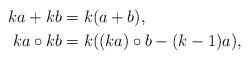
LaTeX: \begin{align*}ka+kb &= k(a+b),\\ka \circ kb &= k( (ka)\circ b -(k-1)a),\end{align*}